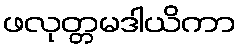
ဖလုတ္တမဒါယိကာ